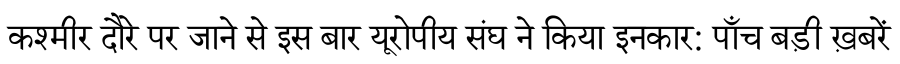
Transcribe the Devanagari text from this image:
कश्मीर दौरे पर जाने से इस बार यूरोपीय संघ ने किया इनकार: पाँच बड़ी ख़बरें